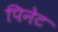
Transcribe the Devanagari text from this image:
पिनेट